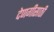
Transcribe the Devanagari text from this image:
देणगीसाठी